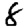
Digit: 8